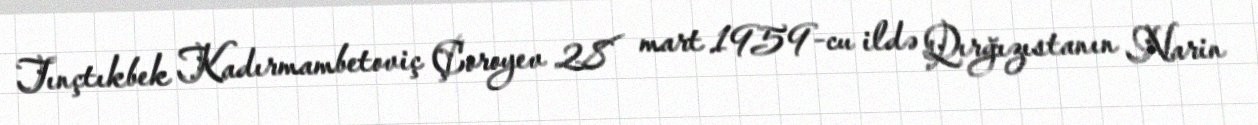
Tınçtıkbek Kadırmambetoviç Çoroyev 28 mart 1959-cu ildə Qırğızıstanın Narin